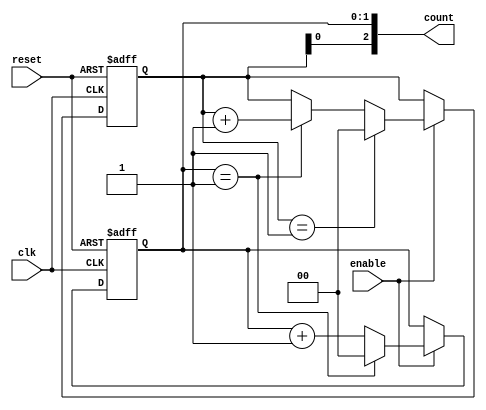
module MixedRadixCounter(
    input wire clk,            // Clock input
    input wire reset,          // Asynchronous reset
    input wire enable,         // Counter enable signal
    output reg [N-1:0] count   // Current count output
);
    parameter N = 3; // Number of digits
    parameter [N-1:0] RADIX = {2'd2, 2'd3, 2'd4}; // Radix configuration for each digit
    localparam [N-1:0] MAX_COUNT = {2'd1, 2'd2, 2'd3}; // Maximum value for each radix

    // Internal registers to hold count for each digit
    reg [1:0] digit [0:N-1]; // Support for up to 4 bits per digit (adjust as necessary)

    integer i;

    // Asynchronous reset and counting logic
    always @(posedge clk or posedge reset) begin
        if (reset) begin
            // Reset all digits to zero
            for (i = 0; i < N; i = i + 1) begin
                digit[i] <= 0;
            end
        end else if (enable) begin
            // Counting logic
            digit[0] <= digit[0] + 1; // Increment the least significant digit
            
            // Check for overflow and cascade
            for (i = 0; i < N; i = i + 1) begin
                if (digit[i] == MAX_COUNT[i]) begin
                    digit[i] <= 0; // Reset current digit
                    if (i < N-1) begin
                        digit[i + 1] <= digit[i + 1] + 1; // Increment next higher digit
                    end
                end
            end
        end
    end
    
    // Assigning the output count value
    always @(*) begin
        count = {digit[2], digit[1], digit[0]}; // Concatenate the digit values for output
    end
endmodule